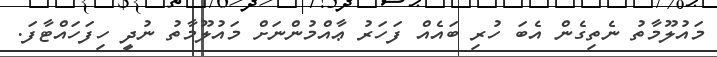
މައުލޫމާތު ނެތިގެން އެބަ ހުރި ބައެއް ފަހަރު ޢާއްމުންނަށް މައުލޫމާތު ނުދީ ހިފަހައްޓާފަ.